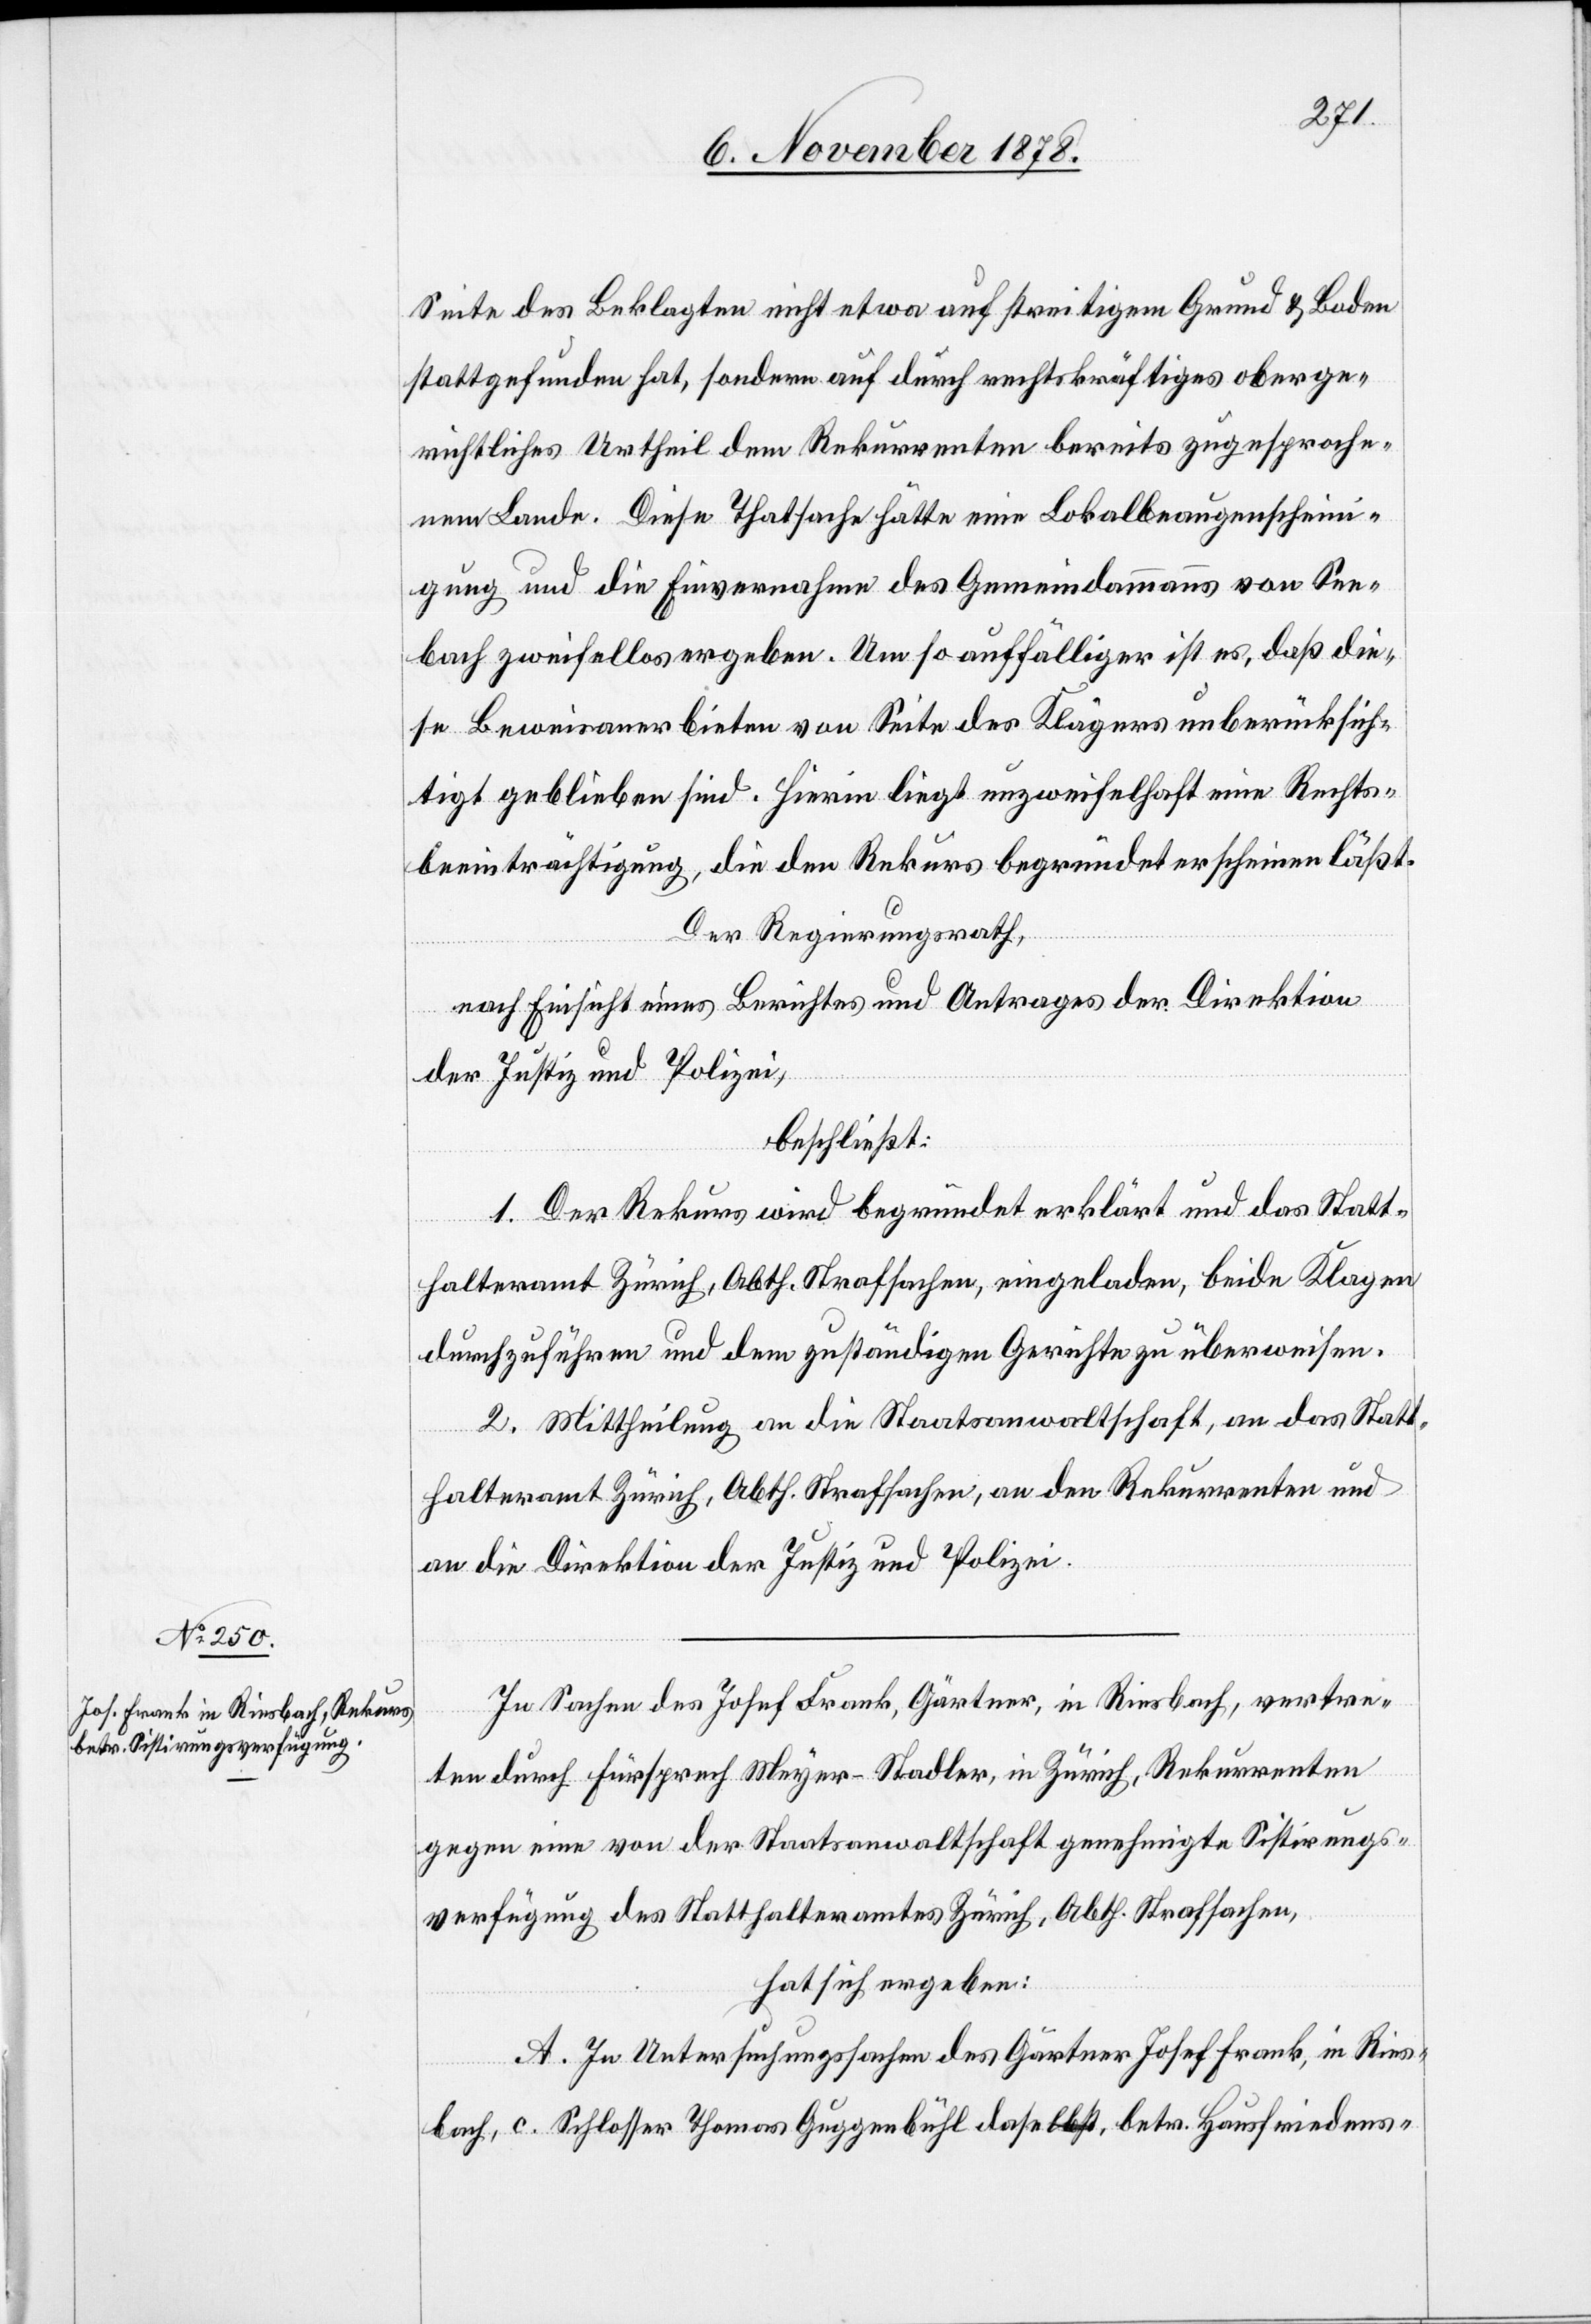
Seite des Beklagten nicht etwa auf streitigem Grund & Boden
stattgefunden hat, sondern auf durch rechtskräftiges oberge¬
richtliches Urtheil dem Rekurrenten bereits zugesproche¬
nem Lande. Diese Thatsache hätte eine Lokalbeaugenscheini¬
gung und die Einvernahme des Gemeindammanns von See¬
bach zweifellos ergeben. Umso auffälliger ist es, daß die¬
se Beweisanerbieten von Seite des Klägers unberücksich¬
tigt geblieben sind. Hierin liegt unzweifelhaft eine Rechts¬
beeinträchtigung, die den Rekurs begründet erscheinen läßt.
Der Regierungsrath,
nach Einsicht eines Berichtes und Antrages der Direktion
der Justiz und Polizei,
beschließt:
1. Der Rekurs wird begründet erklärt und das Statt¬
halteramt Zürich, Abth. Strafsachen, eingeladen, beide Klagen
durchzuführen und dem zuständigen Gerichte zu überweisen.
2. Mittheilung an die Staatsanwaltschaft, an das Statt¬
halteramt Zürich, Abth. Strafsachen, an den Rekurrenten und
an die Direktion der Justiz & Polizei.
In Sachen des Josef Frank, Gärtner, in Riesbach, vertre¬
ten durch Fürsprech Meyer-Stadler, in Zürich, Rekurrenten
gegen eine von der Staatsanwaltschaft genehmigte Sistirungs¬
verfügung des Statthalteramtes Zürich, Abth. Strafsachen,
hat sich ergeben:
A. In Untersuchungssachen des Gärtner Josef Frank, in Ries¬
bach, c. Schlosser Thomas Guggenbühl daselbst, betr. Hausfriedens-